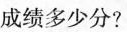
成绩多少分?